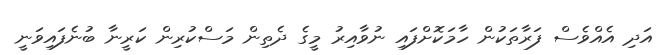
އަދި އެއްވެސް ފަރާތަކުން ހާމަކޮށްފައި ނުވާއިރު މީގެ ދެތިން މަސްކުރިން ކަރީނާ ބުނެފައިވަނީ